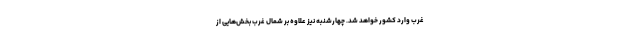
غرب وارد کشور خواهد شد. چهارشنبه نیز علاوه بر شمال غرب بخش‌هایی از